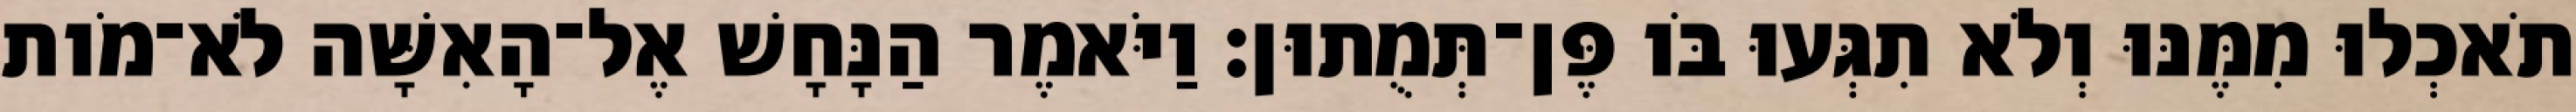
תֹאכְלוּ מִמֶּנּוּ וְלֹא תִגְּעוּ בֹּו פֶּן־תְּמֻתוּן׃ וַיֹּאמֶר הַנָּחָשׁ אֶל־הָאִשָּׁה לֹא־מֹות